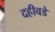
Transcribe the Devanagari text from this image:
दहीवडे